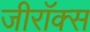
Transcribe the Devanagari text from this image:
जीराॅक्स